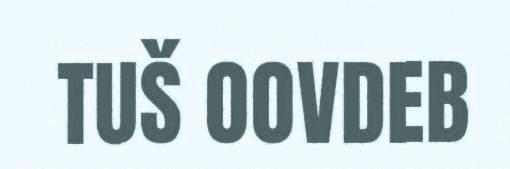
TUŠ OOVDEB